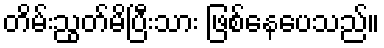
တိမ်းညွတ်မိပြီးသား ဖြစ်နေပေသည်။